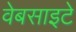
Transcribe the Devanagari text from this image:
वेबसाइटे